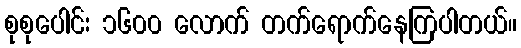
စုစုပေါင်း ၁၆၀၀ လောက် တက်ရောက်နေကြပါတယ်။